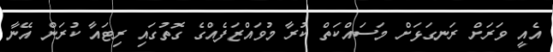
އެއީ ވަރަށް ރަނގަޅަށް މަސައްކަތް ކުރާ މުވައްޒަފެއްގެ ގޮތުގައި ރިޓައާ ކުރަން އޭނާ